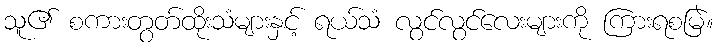
သူ၏ စကားတွတ်ထိုးသံများနှင့် ရယ်သံ လွင်လွင်လေးများကို ကြားရစမြဲ။